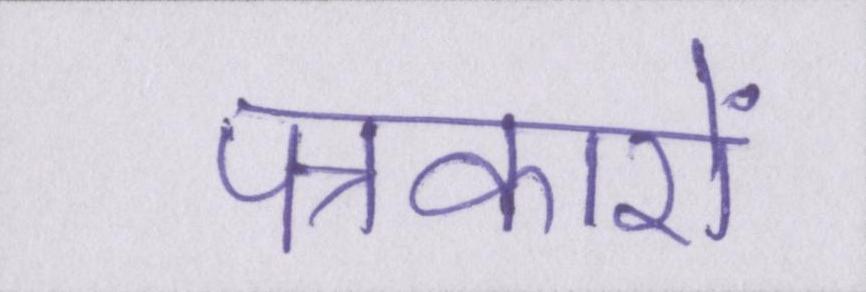
पत्रकारों